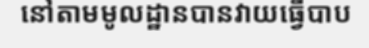
នៅតាមមូលដ្ឋានបានវាយធ្វើបាប